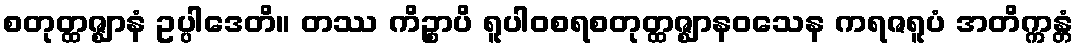
စတုတ္ထဇ္ဈာနံ ဥပ္ပါဒေတိ။ တဿ ကိဉ္စာပိ ရူပါဝစရစတုတ္ထဇ္ဈာနဝသေန ကရဇရူပံ အတိက္ကန္တံ